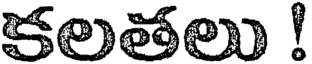
కలతలు !